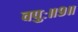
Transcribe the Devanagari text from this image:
वपुः॥९॥